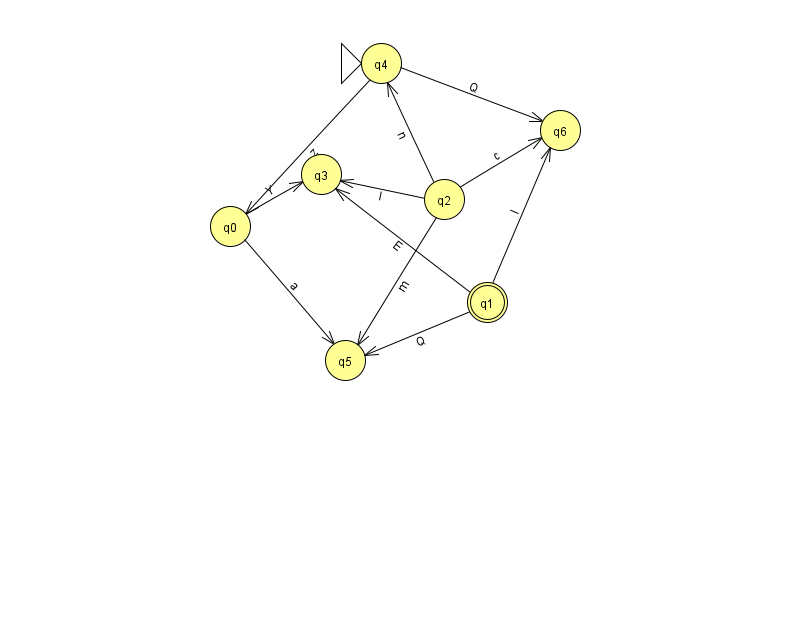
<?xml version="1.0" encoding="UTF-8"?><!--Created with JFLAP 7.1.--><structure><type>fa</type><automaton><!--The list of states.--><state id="0" name="q0"><x>230.0</x><y>213.0</y></state><state id="1" name="q1"><x>487.0</x><y>289.0</y><final/></state><state id="2" name="q2"><x>444.0</x><y>186.0</y></state><state id="3" name="q3"><x>321.0</x><y>161.0</y></state><state id="4" name="q4"><x>381.0</x><y>50.0</y><initial/></state><state id="5" name="q5"><x>345.0</x><y>347.0</y></state><state id="6" name="q6"><x>560.0</x><y>117.0</y></state><!--The list of transitions.--><transition><from>1</from><to>3</to><read>E</read></transition><transition><from>1</from><to>6</to><read>l</read></transition><transition><from>4</from><to>6</to><read>Q</read></transition><transition><from>2</from><to>4</to><read>n</read></transition><transition><from>2</from><to>5</to><read>m</read></transition><transition><from>4</from><to>0</to><read>z</read></transition><transition><from>2</from><to>6</to><read>c</read></transition><transition><from>0</from><to>5</to><read>a</read></transition><transition><from>2</from><to>3</to><read>l</read></transition><transition><from>0</from><to>3</to><read>Y</read></transition><transition><from>1</from><to>5</to><read>Q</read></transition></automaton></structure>